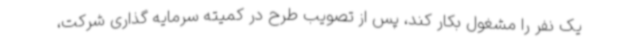
یک نفر را مشغول بکار کند، پس از تصویب طرح در کمیته سرمایه گذاری شرکت،